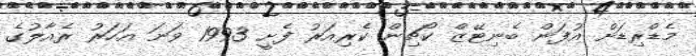
މެޑްރިޑަށް އުފަން ބެނިޓޭޒް ކޯޗިން ކެރިއަރު ފެށީ 1993 ވަނަ އަހަރު ރެއާލުގެ